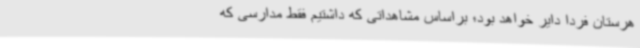
هرستان فردا دایر خواهد بود؛ براساس مشاهداتی که داشتیم فقط مدارسی که